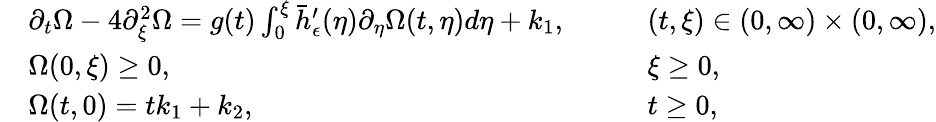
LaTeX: \begin{array}{rlrl}&{\partial_{t}\Omega-4\partial_{\xi}^{2}\Omega=g(t)\int_{0}^{\xi}\bar{h}_{\epsilon}^{\prime}(\eta)\partial_{\eta}\Omega(t,\eta)d\eta+k_{1},\quad}&&{(t,\xi)\in(0,\infty)\times(0,\infty),}\\ &{\Omega(0,\xi)\geq 0,\quad}&&{\xi\geq 0,}\\ &{\Omega(t,0)=tk_{1}+k_{2},\quad}&&{t\geq 0,}\end{array}